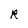
Character: R